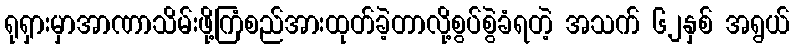
ရုရှားမှာအာဏာသိမ်းဖို့ကြံစည်အားထုတ်ခဲ့တာလို့စွပ်စွဲခံရတဲ့ အသက် ၆၂နှစ် အရွယ်